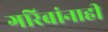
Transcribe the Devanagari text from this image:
गरिबांनाही